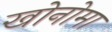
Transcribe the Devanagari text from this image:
खोनोमा